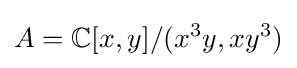
A=\mathbb {C} [x,y]/(x^{3}y,xy^{3})